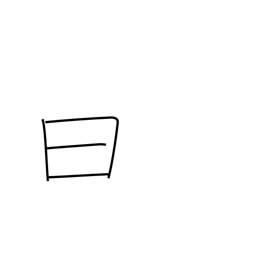
Meaning: history